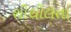
શીથીલતા